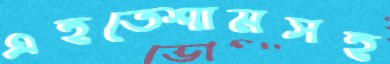
এহতেশামসহ